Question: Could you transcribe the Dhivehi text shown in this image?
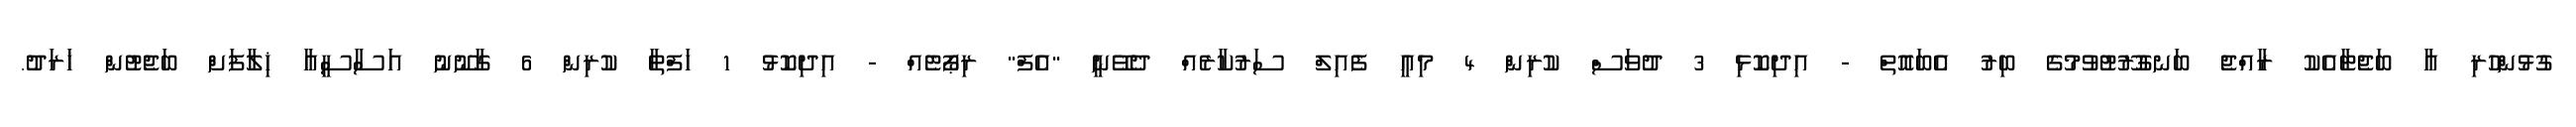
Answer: ގުޅުންހުރި އާ ބަޖެޓާއެކު ރާއްޖެ ބަނގުރޫޓުވުމުގެ ބިރު އެބައޮތް - އިދިކޮޅި 3 ދުވަސް ކުރިން 4 މިއީ ފެއިލް ސަރުކާރެއް ދެވޭނީ "އެފް" ރިޕޯޓެއް - އިދިކޮޅު 1 ހަފްތާ ކުރިން 6 ގާނޫނު އަސާސީއާ ޚިލާފަށް ބަޖެޓުން ޚަރަދު.